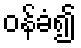
ဝန်ခံ၍